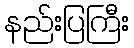
နည်းပြကြီး